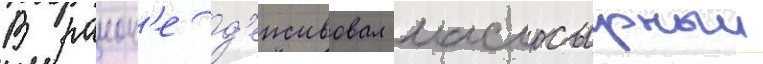
В раион'е д'еиствовал маслосырныи